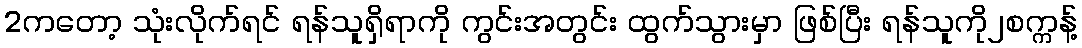
2ကတော့ သုံးလိုက်ရင် ရန်သူရှိရာကို ကွင်းအတွင်း ထွက်သွားမှာ ဖြစ်ပြီး ရန်သူကို၂စက္ကန့်